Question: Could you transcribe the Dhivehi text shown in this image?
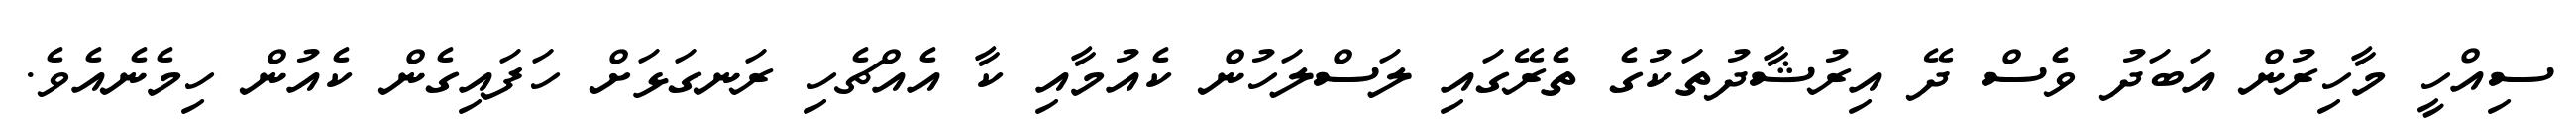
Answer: ސިއްހީ މާހިރުން އަބަދު ވެސް ދޭ އިރުޝާދުތަކުގެ ތެރޭގައި ލަސްލަހުން ކެއުމާއި ކާ އެއްޗެހި ރަނގަޅަށް ހަފައިގެން ކެއުން ހިމެނެއެވެ.